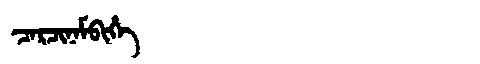
Manchu: ᠴᠠᡵᠴᡳᠨᠠᠮᠪᡳᡥᡝ
Romanization: CARCINAMBIHE